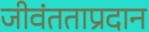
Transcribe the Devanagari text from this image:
जीवंतताप्रदान